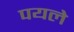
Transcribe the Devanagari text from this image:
पयले